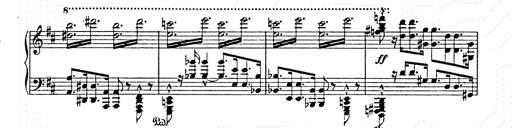
Title: AnnÃ©es de pÃ¨lerinage II
Composer: Franz Liszt